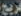
فريج